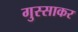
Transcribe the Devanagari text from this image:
गुस्साकर